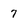
Character: 7